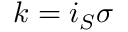
k = i _ { S } \sigma